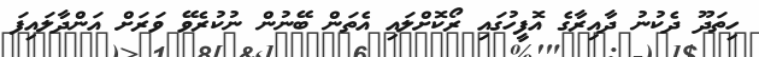
ހިތަދޫ ދެކުނު ދާއިރާގެ އޮފީހުގައި ރޯކޮށްލައި އެތަން ބޭނުން ނުކުރެވޭ ވަރަށް އަންދާލައިފަ